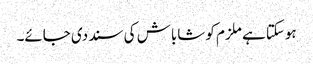
ہوسکتا ہے ملزم کو شاباش کی سند دی جائے۔